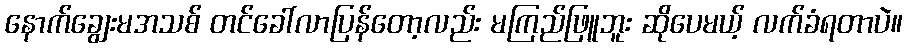
နောက်ချွေးမအသစ် တင်ခေါ်လာပြန်တော့လည်း မကြည်ဖြူဘူး ဆိုပေမယ့် လက်ခံရတာပဲ။